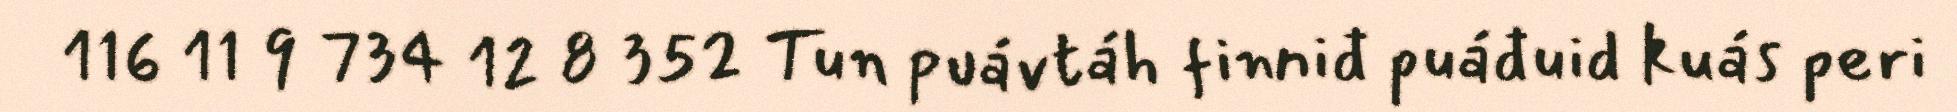
116 11 9 734 12 8 352 Tun puávtáh finniđ puáđuid kuás peri